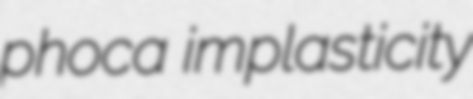
phoca implasticity